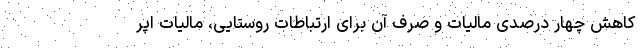
کاهش چهار درصدی مالیات و صرف آن برای ارتباطات روستایی، مالیات اپر